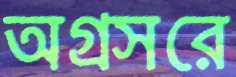
অগ্রসরে